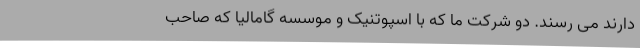
دارند می ‌رسند. دو شرکت ما که با اسپوتنیک و موسسه گامالیا که صاحب